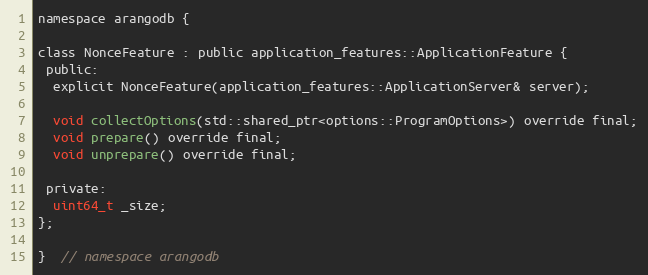
Language: C
namespace arangodb {

class NonceFeature : public application_features::ApplicationFeature {
 public:
  explicit NonceFeature(application_features::ApplicationServer& server);

  void collectOptions(std::shared_ptr<options::ProgramOptions>) override final;
  void prepare() override final;
  void unprepare() override final;

 private:
  uint64_t _size;
};

}  // namespace arangodb